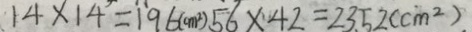
1 4 \times 1 4 = 1 9 6 ( c m ^ { 2 } ) 5 6 \times 4 2 = 2 3 5 2 ( c m ^ { 2 } ) .